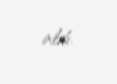
aldı.